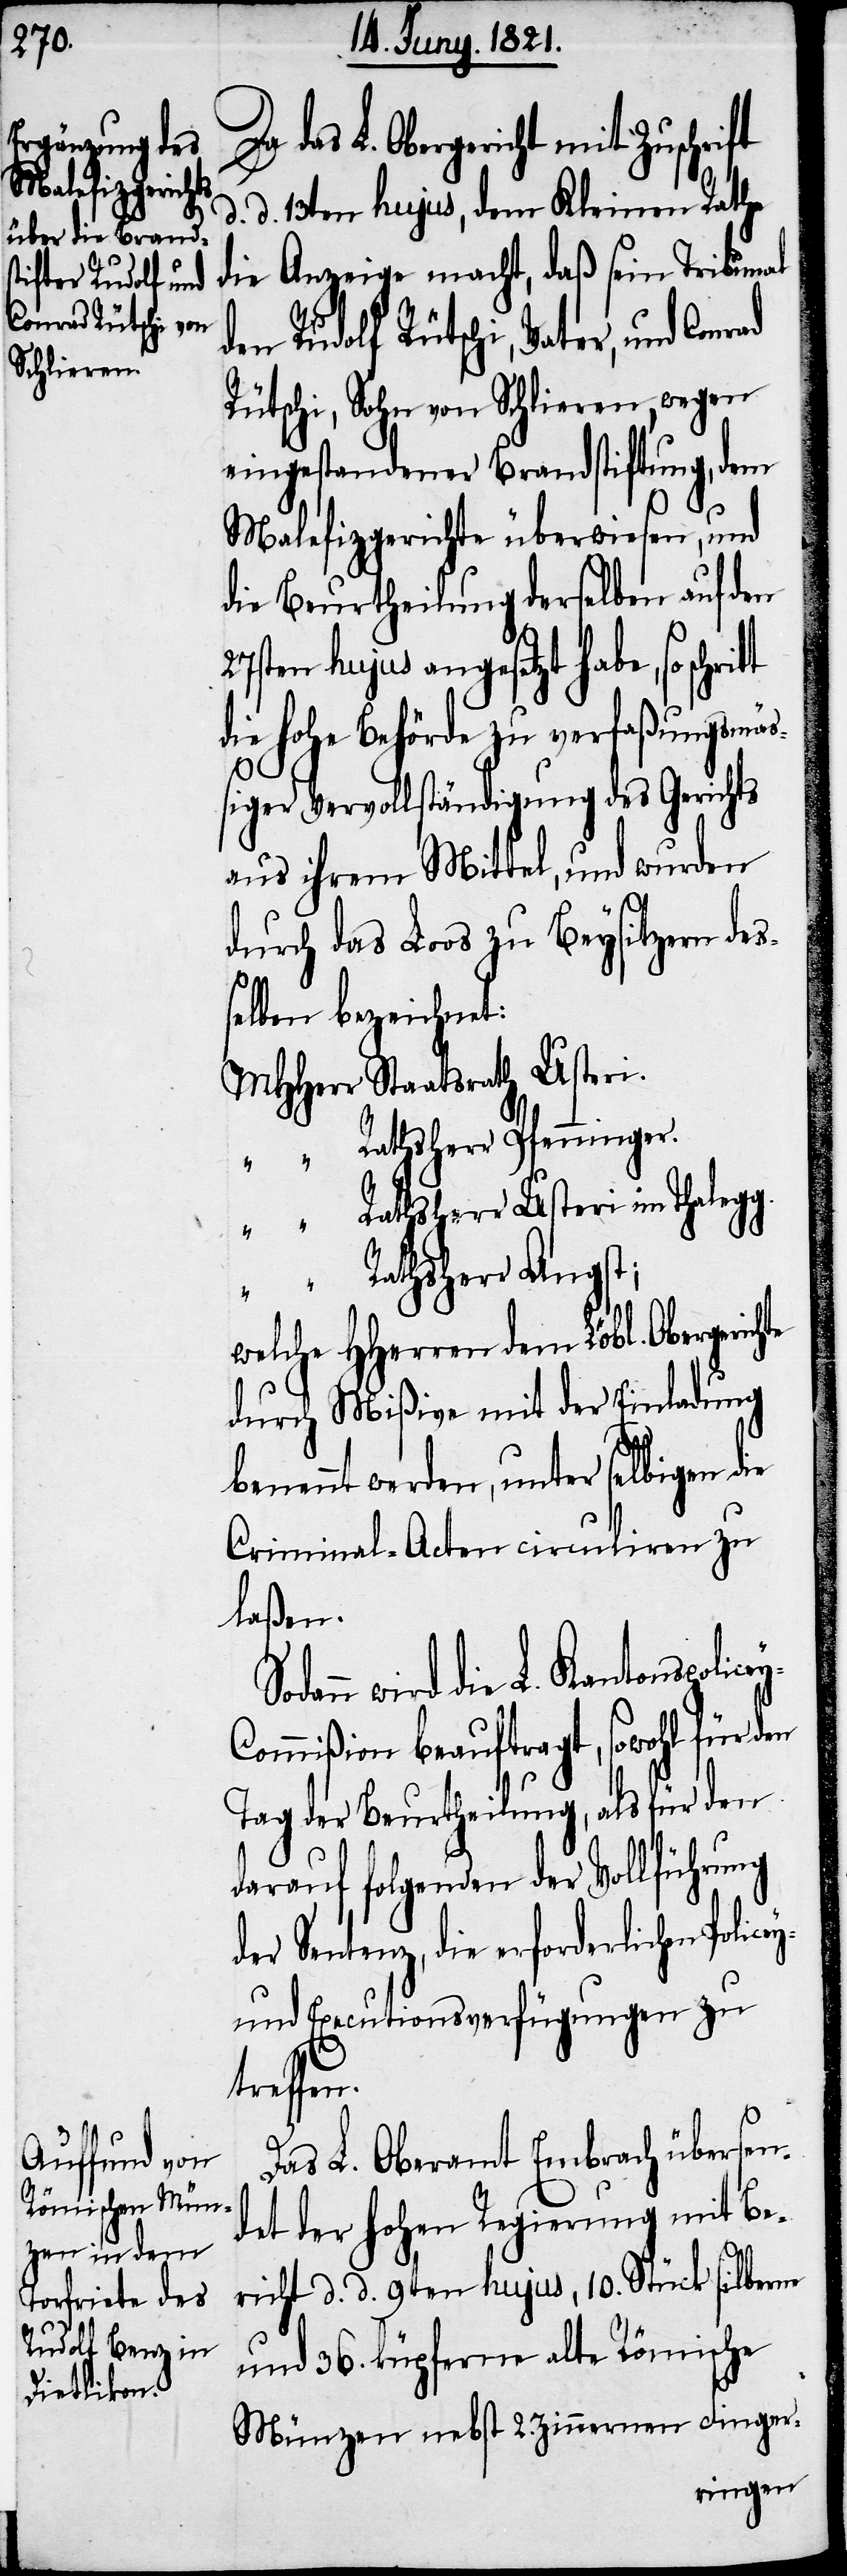
L. Obergericht mit Zuschrift
d. d. 13ten hujus, dem Kleinen Rathe
die Anzeige macht, daß sein Tribunal
den Rudolf Rütschi, Vater, und Conr¬
Rütschi, Sohn von Schlieren, wegen
eingestandener Brandstiftung, dem
Malefizgerichte überwiesen, und
die Beurtheilung derselben auf den
27sten hujus angesetzt habe, so
die hohe Behörde zu verfaßungsmäß¬
iger Vervollständigung des Gerichts
aus ihrem Mittel, und wurden
y-
durch das Loos zu Beysitzern des¬
s¬
elben bezeichnet:
MHHerr	Staatsrath Usteri.
“	Rathsherr Pfenninger.
“	Rathsherr Usteri im Thalegg.
“	Rathsherr Angst;
welche HHerren dem Löbl. Obergerich¬
durch Mißiven mit der Einladung
benennt werden, unter selbigen die
Criminal-Acten circuliren zu
laßen.
dann wird die L. Kantons-Poli¬
ommißion beauftragt, sowohl für den
Tag der Beurtheilung, als für den
darauf folgenden der Vollführung
der Sentenz, die erforderlichen Police¬
und Executionsverfügungen zu
cey-C¬
Das L. Oberamt Embrach übersen¬
det der hohen Regierung mit Be¬
richt d. d. 9ten hujus, 10. Stück silberne
und 36. küpferne alte Römische
Münzen nebst 2. zinnernen Finger-